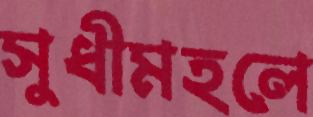
সুধীমহলে